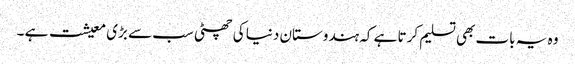
وہ یہ بات بھی تسلیم کرتا ہے کہ ہندوستان دنیا کی چھٹی سب سے بڑی معیشت ہے ۔